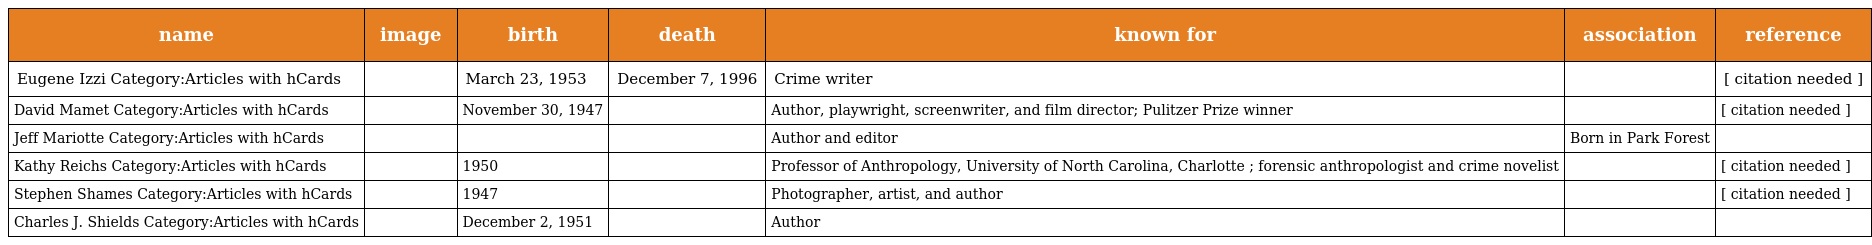
| name | image | birth | death | known for | association | reference |
 | --- | --- | --- | --- | --- | --- | --- |
 | Eugene Izzi Category:Articles with hCards |  | March 23, 1953 | December 7, 1996 | Crime writer |  | [ citation needed ] |
 | David Mamet Category:Articles with hCards |  | November 30, 1947 |  | Author, playwright, screenwriter, and film director; Pulitzer Prize winner |  | [ citation needed ] |
 | Jeff Mariotte Category:Articles with hCards |  |  |  | Author and editor | Born in Park Forest |  |
 | Kathy Reichs Category:Articles with hCards |  | 1950 |  | Professor of Anthropology, University of North Carolina, Charlotte ; forensic anthropologist and crime novelist |  | [ citation needed ] |
 | Stephen Shames Category:Articles with hCards |  | 1947 |  | Photographer, artist, and author |  | [ citation needed ] |
 | Charles J. Shields Category:Articles with hCards |  | December 2, 1951 |  | Author |  |  |